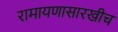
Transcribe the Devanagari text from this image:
रामायणासारखीच